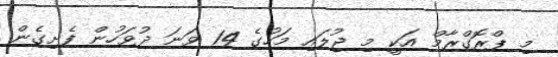
މި ޕްރޮގްރާމް އަކީ މި ޖުލައި މަހުގެ 14 ވަނަ ދުވަހުން ފެށިގެން